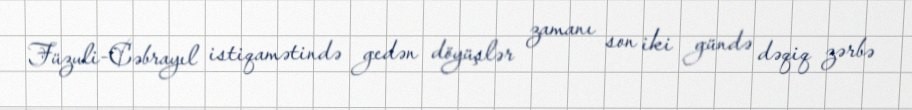
Füzuli-Cəbrayıl istiqamətində gedən döyüşlər zamanı son iki gündə dəqiq zərbə